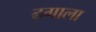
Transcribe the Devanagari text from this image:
ढगाला